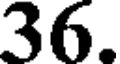
36.